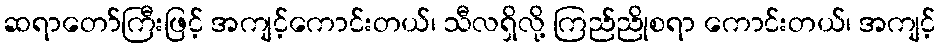
ဆရာတော်ကြီးဖြင့် အကျင့်ကောင်းတယ်၊ သီလရှိလို့ ကြည်ညိုစရာ ကောင်းတယ်၊ အကျင့်